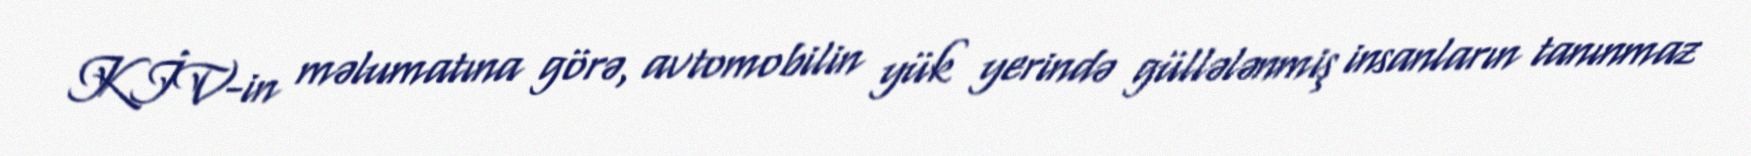
KİV-in məlumatına görə, avtomobilin yük yerində güllələnmiş insanların tanınmaz